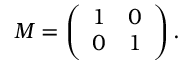
M = \left( \begin{array} { l l } { { 1 } } & { { 0 } } \\ { { 0 } } & { { 1 } } \end{array} \right) .